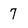
Character: 7